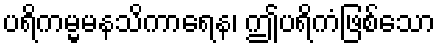
ပရိကမ္မမနသိကာရေန၊ ဤပရိကံဖြစ်သော